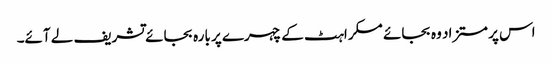
اس پر مستزاد وہ بجائے مسکراہٹ کے چہرے پر بارہ بجائے تشریف لے آئے۔